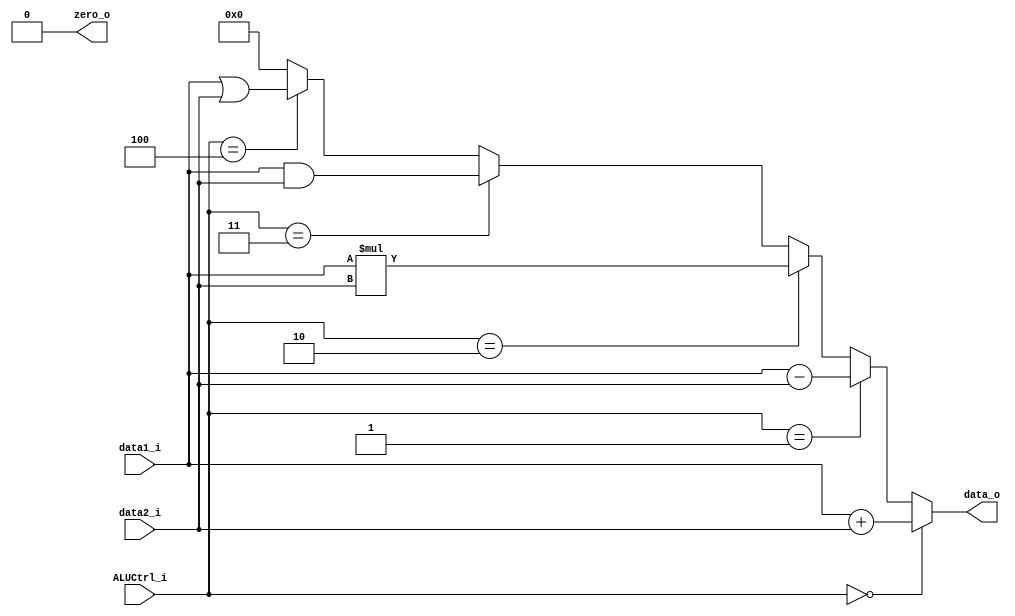
module ALU
(
	data1_i,
	data2_i,
	ALUCtrl_i,
	data_o,
	zero_o
);

    // Ports
    input   [31:0]  data1_i;
	input	[31:0]	data2_i;
    input   [2:0]   ALUCtrl_i;
    output  [31:0]  data_o;
    output  zero_o;

    assign  data_o =    (ALUCtrl_i == 3'd0)?    data1_i + data2_i : 
                        (ALUCtrl_i == 3'd1)?    data1_i - data2_i : 
                        (ALUCtrl_i == 3'd2)?    data1_i * data2_i : 
                        (ALUCtrl_i == 3'd3)?    data1_i & data2_i : 
                        (ALUCtrl_i == 3'd4)?    data1_i | data2_i : 
												32'd0;

    assign  zero_o = 1'd0;

endmodule